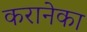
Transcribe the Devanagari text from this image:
करानेका